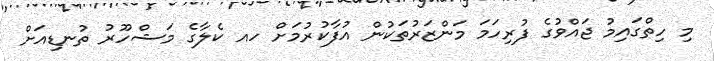
މި ހިތްގައިމު ޖައްވުގެ ފުރިހަމަ މަންޒަރުތަކުން އުފާކުރުމަށް ހއ ކެލާގެ މަޝްހޫރު ތުނޑިއަށް